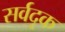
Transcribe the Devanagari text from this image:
सर्वदृक